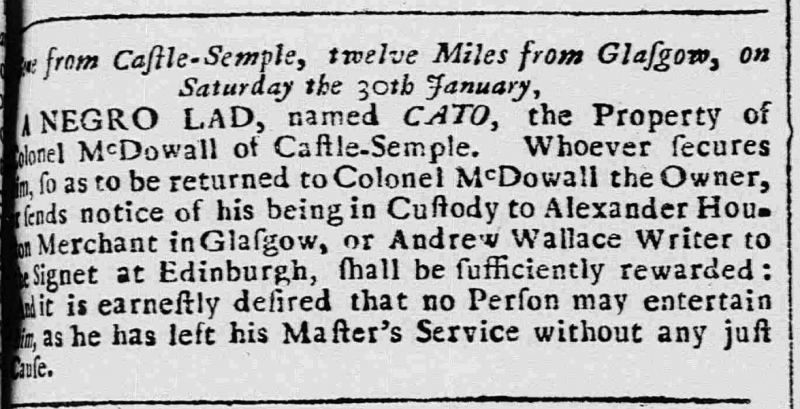
Caledonian Mercury, 2 February 1748 (Scotland)
Gone from Castle-Semple, twelve Miles from Glasgow, on Saturday the 30th January,A NEGRO LAD, named CATO, the Property of Colonel McDowall of Castle-Semple. Whoever secures him, so as to be returned to Colonel McDowall the Owner, or sends notice of his being in Custody to Alexander Houston Merchant in Glasgow, or Andrew Wallace Writer to the Signet at Edinburgh, shall be sufficiently rewarded: And it is earnestly desired that no Person may entertain him, as he has left his Master’s Service without any just Cause.